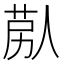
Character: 𦯴